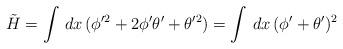
LaTeX: \begin{align*}\tilde{H}=\int\,dx\,(\phi'^2+2\phi'\theta'+\theta'^2)=\int\,dx\,(\phi'+\theta')^2\end{align*}